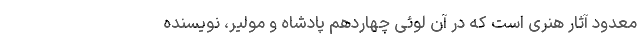
معدود آثار هنری است که در آن لوئی چهاردهم پادشاه و مولیر، نویسنده